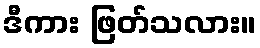
ဒီကား ဖြတ်သလား။